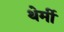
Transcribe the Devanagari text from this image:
थेर्मी